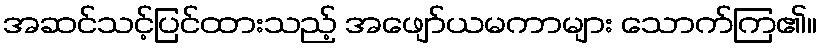
အဆင်သင့်ပြင်ထားသည့် အဖျော်ယမကာများ သောက်ကြ၏။